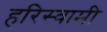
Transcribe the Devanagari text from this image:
हरिस्वामी